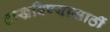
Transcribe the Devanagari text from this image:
दाखविण्यासाठीं